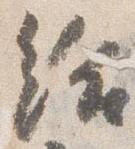
給